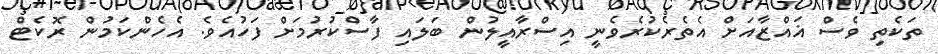
ތަކެތި ވެސް ޣައްޒާއަށް އެތެރެކުރެވެނީ އިސްރާއީލުން ބަލައި ފާސްކުރުމަށް ފަހުއެވެ. އެހެންކަމުން ރޮކެޓް